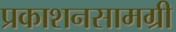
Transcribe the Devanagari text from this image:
प्रकाशनसामग्री